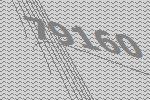
79160